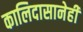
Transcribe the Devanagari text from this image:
कालिदासानेही